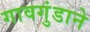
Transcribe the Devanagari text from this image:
गावगुंडाने